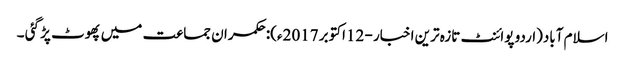
اسلام آباد(اردو پوائنٹ تازہ ترین اخبار - 12اکتوبر 2017ء):حکمران جماعت میں پھوٹ پڑ گئی ۔